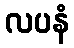
လပနံ